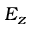
E _ { z }